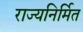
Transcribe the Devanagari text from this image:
राज्यनिर्मित